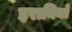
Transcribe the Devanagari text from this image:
इरानियों